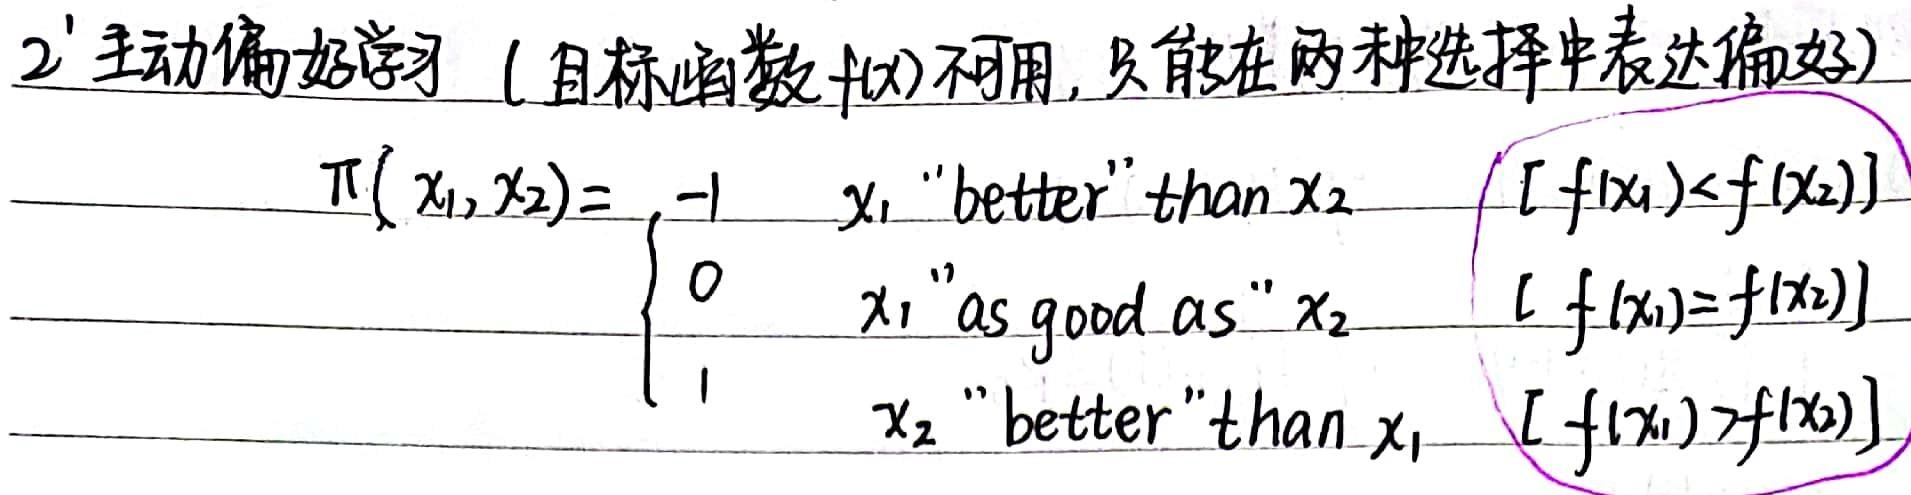
2' 主动偏好学习（目标函数\(f(x)\)不可用, 只能在两种选择中表达偏好）
\[
\pi(x_1,x_2)=
\begin{cases}
 -1 & x_1 \text{ "better" than } x_2 & [f(x_1)<f(x_2)]\\
 0 & x_1 \text{ "as good as" } x_2 & [f(x_1)=f(x_2)]\\
 1 & x_2 \text{ "better" than } x_1 & [f(x_1)>f(x_2)]
\end{cases}
\]